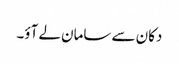
دکان سے سامان لے آؤ۔